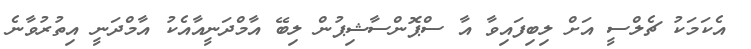
އެކަމަކު ޗެލްސީ އަށް ލިބިފައިވާ އާ ސްޕޮންސާޝިޕުން ލިބޭ އާމްދަނީއާއެކު އާމްދަނީ އިތުރުވާނެ